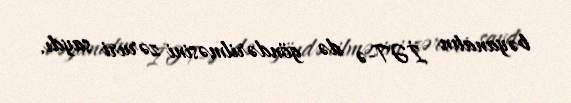
bəyanatın İƏT-ə də göndərilməsini zəruri saydı.